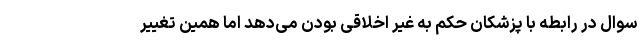
سوال در رابطه با پزشکان حکم به غیر اخلاقی بودن می‌دهد اما همین تغییر